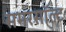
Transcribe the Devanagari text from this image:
समरसॉल्ट